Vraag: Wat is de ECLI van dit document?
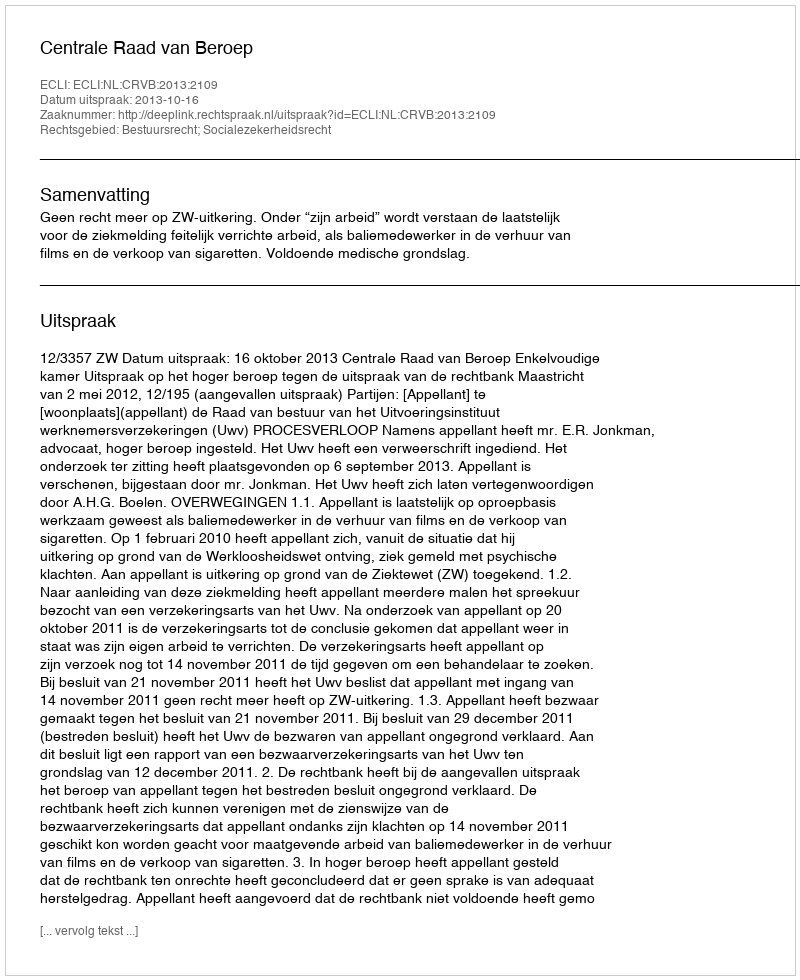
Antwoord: ECLI:NL:CRVB:2013:2109